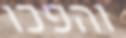
והפכו